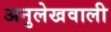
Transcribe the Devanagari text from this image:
अनुलेखवाली